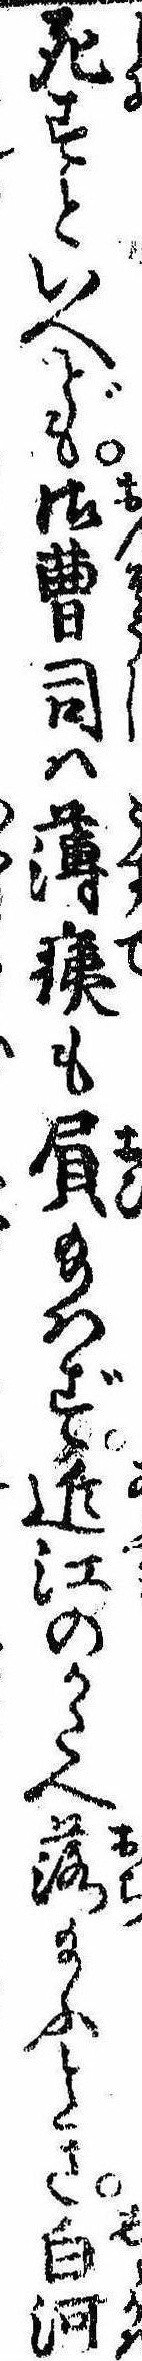
死すといへども御曹司は薄痍も屓給はず近江のかたへ落給ふとき白河